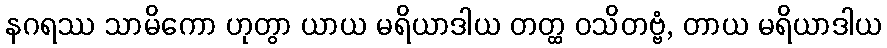
နဂရဿ သာမိကော ဟုတွာ ယာယ မရိယာဒါယ တတ္ထ ဝသိတဗ္ဗံ, တာယ မရိယာဒါယ